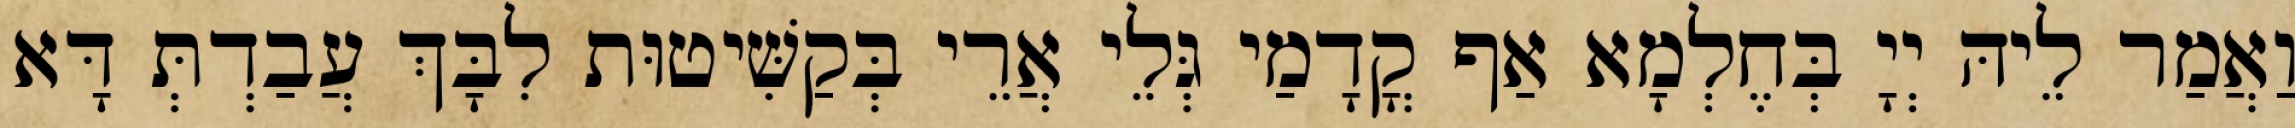
וַאֲמַר לֵיהּ יְיָ בְּחֶלְמָא אַף קֳדָמַי גְּלֵי אֲרֵי בְּקַשִּׁיטוּת לִבָּךְ עֲבַדְתְּ דָּא